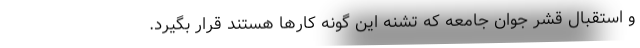
و استقبال قشر جوان جامعه که تشنه این گونه کارها هستند قرار بگیرد.